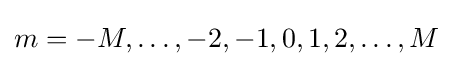
m=-M,\dots ,-2,-1,0,1,2,\dots ,M